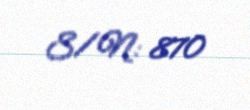
S/N: 870